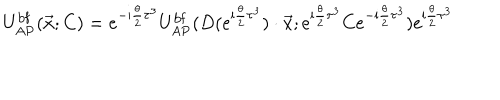
U _ { \mathrm { A P } } ^ { \mathrm { b f } } ( \vec { x } ; C ) = e ^ { - \mathrm { i } { \frac { \theta } { 2 } } \tau ^ { 3 } } U _ { \mathrm { A P } } ^ { \mathrm { b f } } ( D ( e ^ { \mathrm { i } { \frac { \theta } { 2 } } \tau ^ { 3 } } ) \cdot \vec { x } ; e ^ { \mathrm { i } { \frac { \theta } { 2 } } \tau ^ { 3 } } C e ^ { - \mathrm { i } { \frac { \theta } { 2 } } \tau ^ { 3 } } ) e ^ { \mathrm { i } { \frac { \theta } { 2 } } \tau ^ { 3 } }